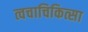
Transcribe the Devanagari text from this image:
त्वचाचिकित्सा